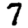
Digit: 7